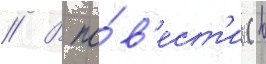
// В по́в'ест'и (в